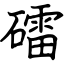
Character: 礌